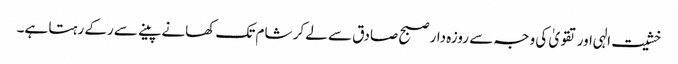
خشیت الہی اور تقویٰ کی وجہ سے روزہ دار صبح صادق سے لے کر شام تک کھانے پینے سے رکے رہتا ہے۔